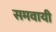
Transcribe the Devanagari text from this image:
समवायी